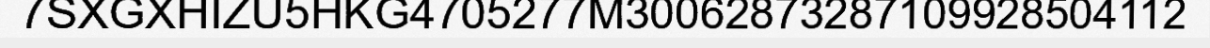
7SXGXHIZU5HKG4705277M30062873287109928504112